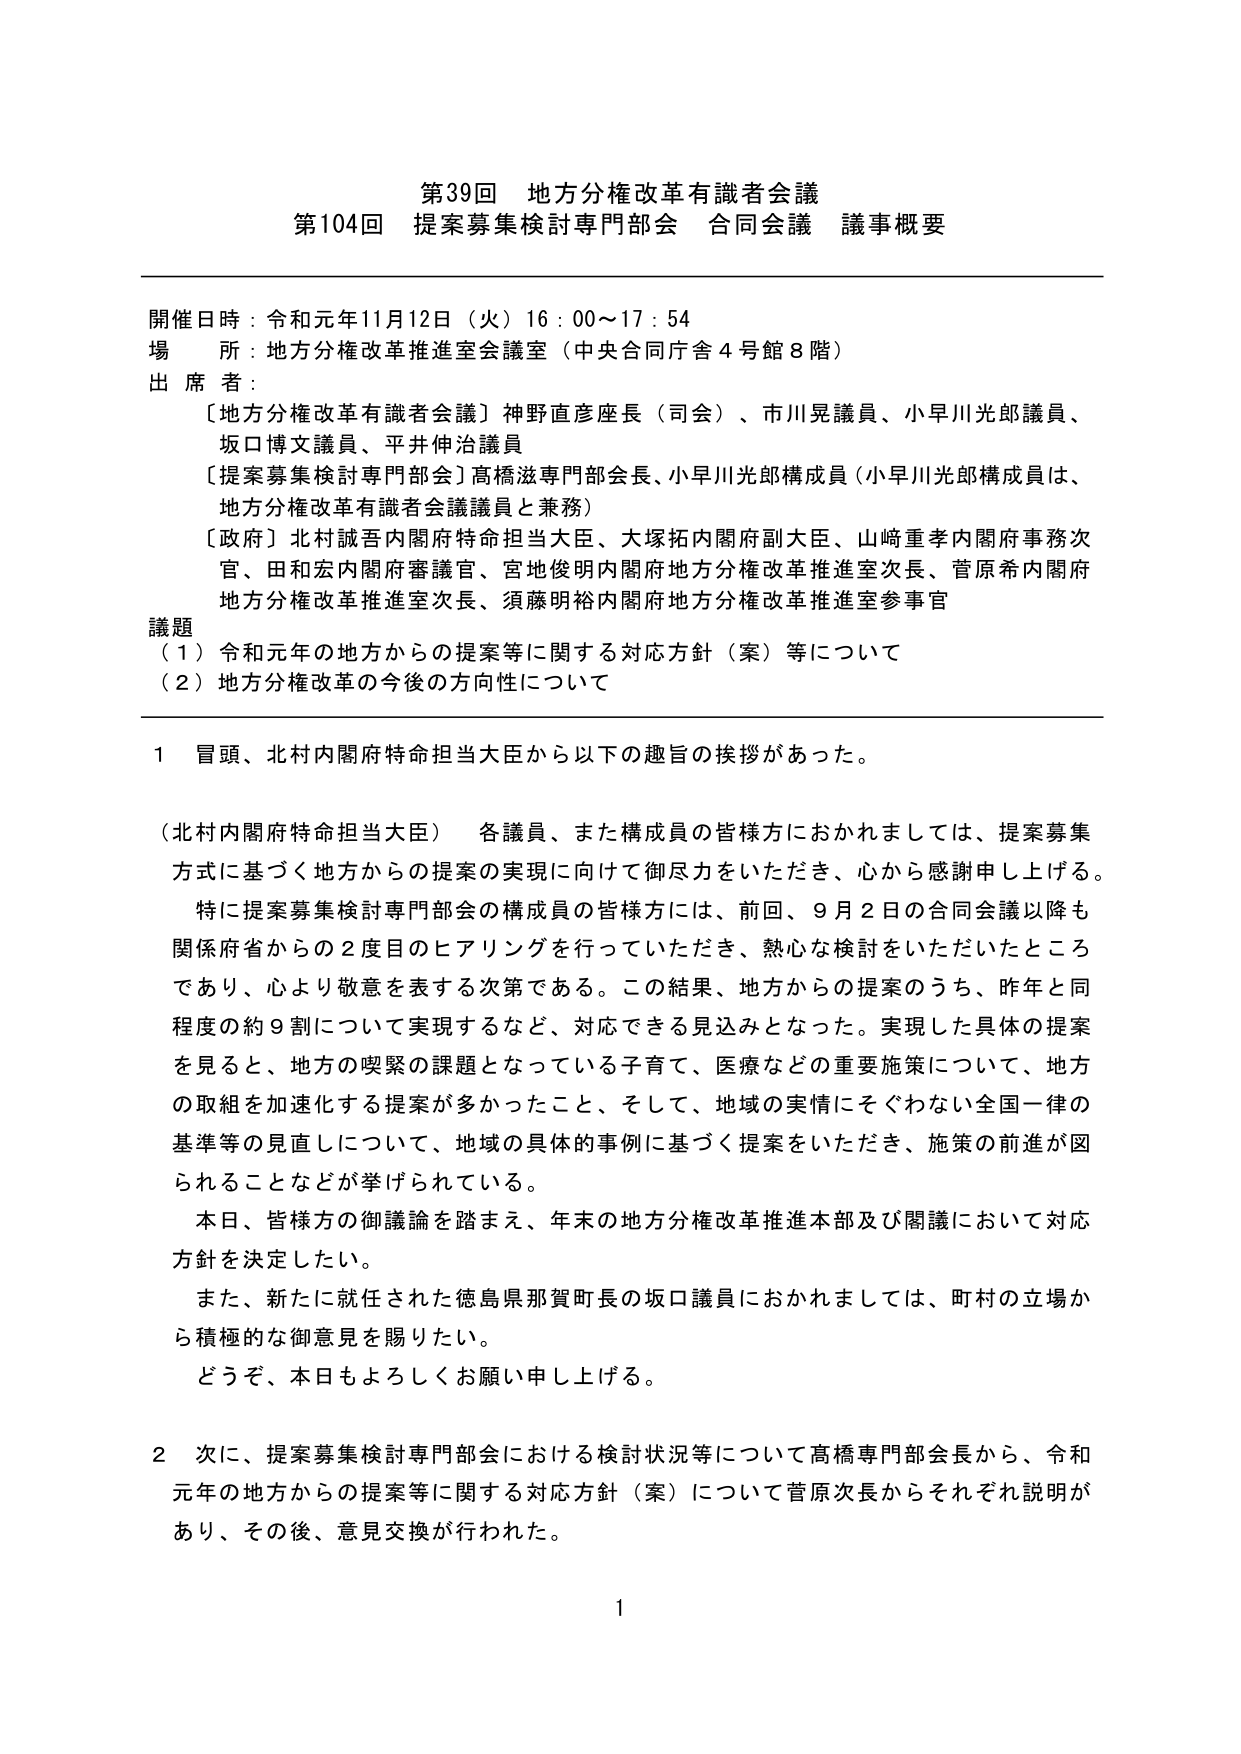
第39回 地方分権改革有識者会議
第104回 提案募集検討専門部会 合同会議 議事概要

開催日時：令和元年11月12日（火）16：00～17：54
場 所：地方分権改革推進室会議室（中央合同庁舎4号館8階）
出 席 者：
〔地方分権改革有識者会議〕神野直彦座長（司会）、市川晃議員、小早川光郎議員、
坂口博文議員、平井伸治議員
〔提案募集検討専門部会〕高橋滋専門部会長、小早川光郎構成員（小早川光郎構成員は、
地方分権改革有識者会議議員と兼務）
〔政府〕北村誠吾内閣府特命担当大臣、大塚拓内閣府副大臣、山崎重孝内閣府事務次
官、田和宏内閣府審議官、宮地俊明内閣府地方分権改革推進室次長、菅原希内閣府
地方分権改革推進室次長、須藤明裕内閣府地方分権改革推進室参事官

議題
（1）令和元年の地方からの提案等に関する対応方針（案）等について
（2）地方分権改革の今後の方針について

1 冒頭、北村内閣府特命担当大臣から以下の趣旨の挨拶があった。

（北村内閣府特命担当大臣） 各議員、また構成員の皆様方におかれましては、提案募集
方式に基づく地方からの提案の実現に向けて御尽力をいただき、心から感謝申し上げる。
特に提案募集検討専門部会の構成員の皆様方には、前回、9月2日の合同会議以降も
関係府省からの2度目のヒアリングを行っていただき、熱心な検討をいただいたところ
であり、心より敬意を表する次第である。この結果、地方からの提案のうち、昨年と同
程度の約9割について実現するなど、対応できる見込みとなった。実現した具体的提案
を見ると、地方の喫緊の課題となっている子育て、医療などの重要施策について、地方
の取組を加速化する提案が多かったこと、そして、地域の実情にそぐわない全国一律の
基準等の見直しについて、地域の具体的事例に基づく提案をいただき、施策の前進が図
られることなどが挙げられている。
本日、皆様方の御議論を踏まえ、年末の地方分権改革推進本部及び閣議において対応
方針を決定したい。
また、新たに就任された徳島県那賀町長の坂口議員におかれましては、町村の立場か
ら積極的な御意見を賜りたい。
どうぞ、本日もよろしくお願い申し上げる。

2 次に、提案募集検討専門部会における検討状況等について高橋専門部会長から、令和
元年の地方からの提案等に関する対応方針（案）について菅原次長からそれぞれ説明が
あり、その後、意見交換が行われた。

1